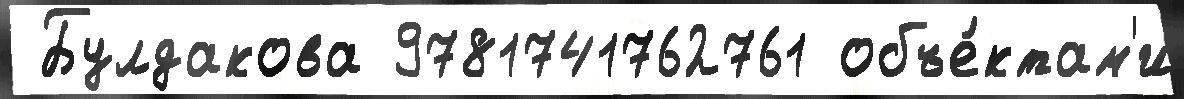
 Булдакова 9781741762761 объе́ктам'и